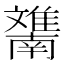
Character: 𲉯